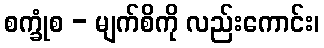
စက္ခုံစ - မျက်စိကို လည်းကောင်း၊